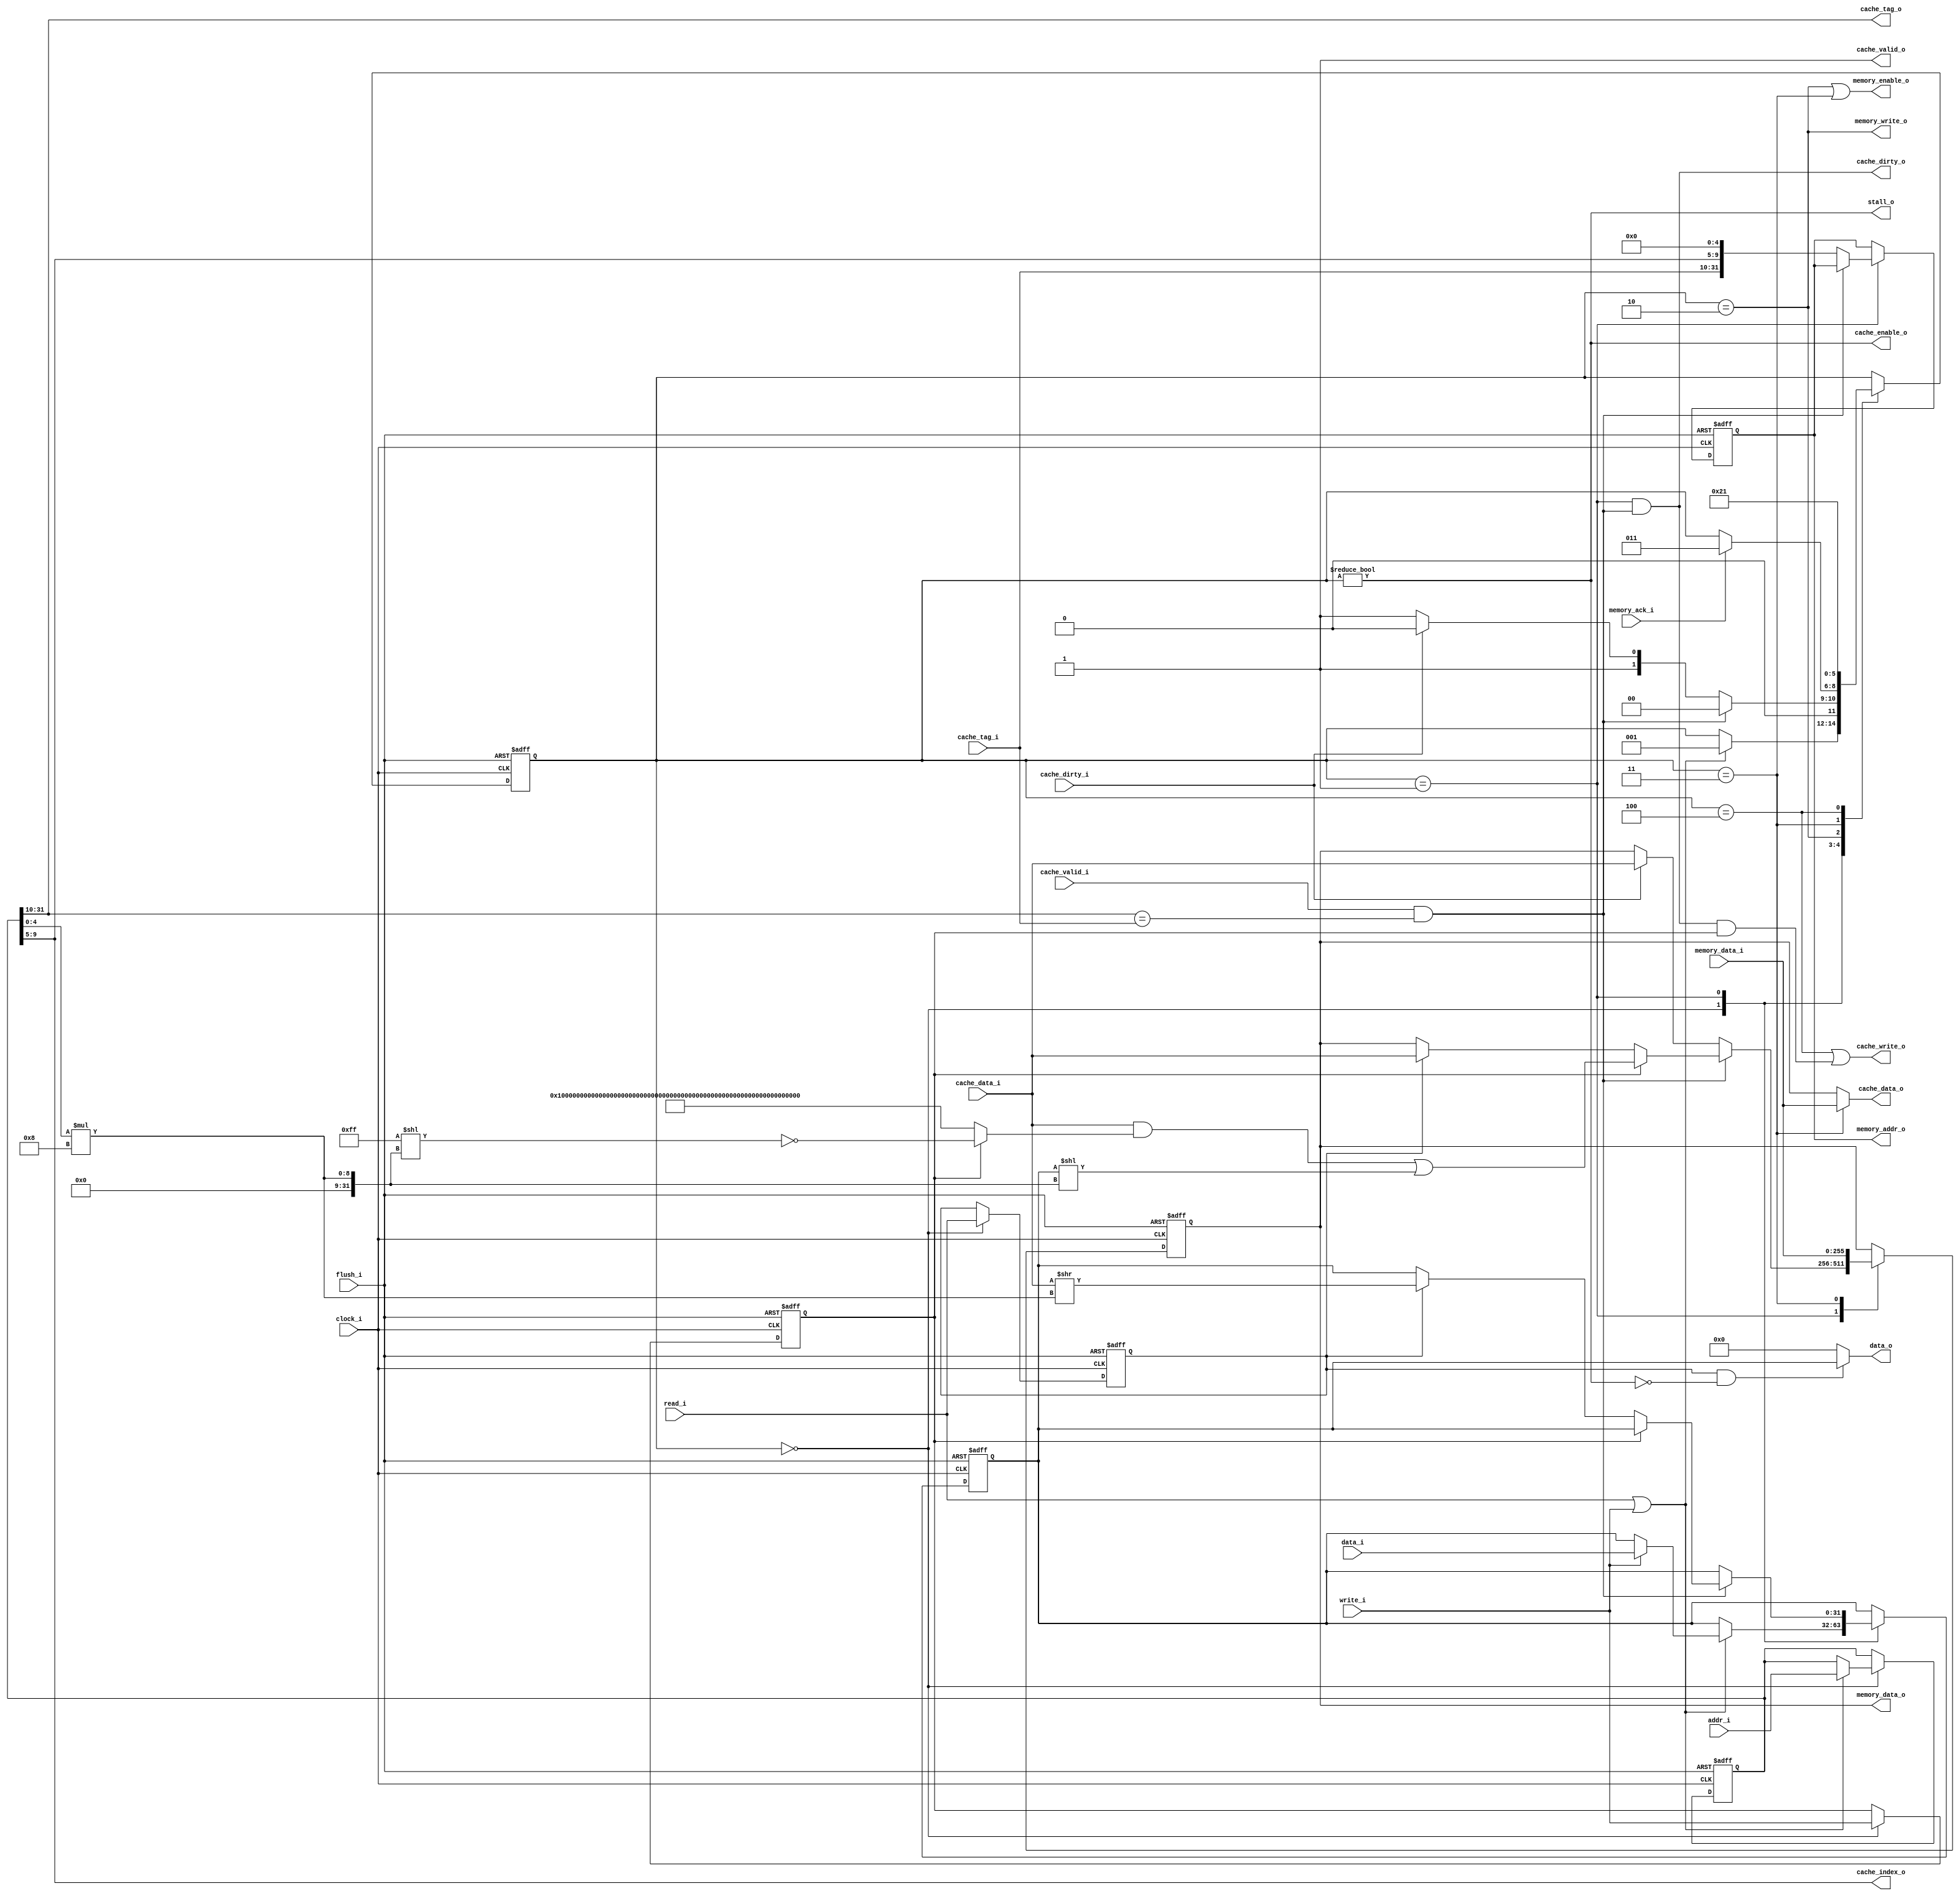
module CacheController
(
  // Clock, Flush and Stall
  input clock_i,
  input flush_i,
  output stall_o,
  // To Upper Layer
  input [31:0] addr_i,
  input [31:0] data_i,
  input read_i,
  input write_i,
  output [31:0] data_o,
  // To Cache
  input cache_valid_i,
  input cache_dirty_i,
  input [21:0] cache_tag_i,
  input [255:0] cache_data_i,
  output cache_enable_o,
  output cache_write_o,
  output [4:0] cache_index_o,
  output cache_valid_o,
  output cache_dirty_o,
  output [21:0] cache_tag_o,
  output [255:0] cache_data_o,
  // To Lower Layer
  input memory_ack_i,
  input [255:0] memory_data_i,
  output memory_enable_o,
  output memory_write_o,
  output [31:0] memory_addr_o,
  output [255:0] memory_data_o
);

parameter STATE_IDLE = 3'h0;
parameter STATE_CHECK = 3'h1;
parameter STATE_WRITE_BACK = 3'h2;
parameter STATE_ALLOCATE = 3'h3;
parameter STATE_ALLOCATE_FINISHED = 3'h4;

reg [2:0] state;
reg read;
reg write;
reg [31:0] addr;
reg [31:0] data;

reg [255:0] cache_data;
reg [31:0] memory_addr;

wire [255:0] mask;
wire [255:0] data_offset;

wire request;
wire hit;
wire [21:0] tag;
wire [4:0] index;
wire [4:0] offset;

assign request = read_i || write_i;
assign hit = cache_valid_i && (tag == cache_tag_i);
assign tag = addr[31:10];
assign index = addr[9:5];
assign offset = addr[4:0];

assign cache_enable_o = (state != STATE_IDLE);
assign cache_write_o = (state == STATE_ALLOCATE_FINISHED) ||
    (state == STATE_CHECK && hit && write);
assign cache_valid_o = 1'b1;
assign cache_dirty_o = (state == STATE_CHECK && hit);
assign cache_tag_o = tag;
assign cache_index_o = index;
assign cache_data_o = state == STATE_ALLOCATE ? memory_data_i : cache_data;

assign mask = write ? ~(256'b11111111 << (offset * 8)) : ~256'b0;
assign data_offset = {224'b0, data} << (offset * 8);

assign memory_enable_o = (state == STATE_WRITE_BACK || state == STATE_ALLOCATE);
assign memory_write_o = (state == STATE_WRITE_BACK);
assign memory_addr_o = memory_addr;
assign memory_data_o = cache_data;

assign stall_o = cache_enable_o;
assign data_o = (read && !stall_o) ? data : 32'b0;

always @(posedge clock_i or posedge flush_i) begin
  if (flush_i) begin
    state <= STATE_IDLE;
    read <= 1'b0;
    write <= 1'b0;
    addr <= 32'b0;
    data <= 32'b0;
    cache_data <= 256'b0;
    memory_addr <= 32'b0;
  end
  else begin
    case (state)
    STATE_IDLE: begin
      read = read_i;
      write = write_i;
      if (request) begin
        state <= STATE_CHECK;
        addr = addr_i;
        if (write) begin
          data = data_i;
        end
      end
    end
    STATE_CHECK: begin
      if (cache_valid_i && (tag == cache_tag_i)) begin
        /* Hit */
        state <= STATE_IDLE;
        if (write) begin
          cache_data = (cache_data_i & mask) | data_offset;
        end
        else if (read) begin
          cache_data = cache_data_i;
          data = cache_data >> (offset * 8);
        end
      end
      else begin
        /* Miss */
        if (cache_dirty_i) begin
          state <= STATE_WRITE_BACK;
          cache_data <= cache_data_i;
        end
        else begin
          state <= STATE_ALLOCATE;
        end
        memory_addr <= {cache_tag_i, index, 5'b0};
      end
    end
    STATE_WRITE_BACK: begin
      if (memory_ack_i) begin
        state <= STATE_ALLOCATE;
      end
    end
    STATE_ALLOCATE: begin
      state <= STATE_ALLOCATE_FINISHED;
      cache_data = memory_data_i;
    end
    STATE_ALLOCATE_FINISHED: begin
      state <= STATE_CHECK;
    end
    endcase
  end
end

endmodule